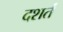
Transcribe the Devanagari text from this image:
दशर्तं